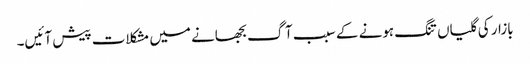
بازار کی گلیاں تنگ ہونے کے سبب آگ بجھانے میں مشکلات پیش آئیں۔